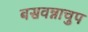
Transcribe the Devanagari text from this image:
बसवन्नाचुप